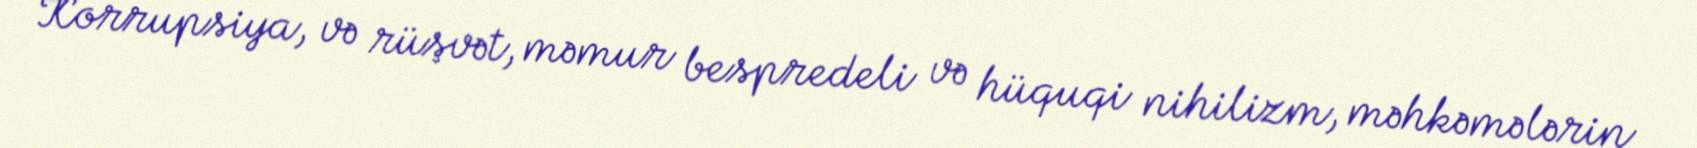
Korrupsiya, və rüşvət, məmur bespredeli və hüquqi nihilizm, məhkəmələrin